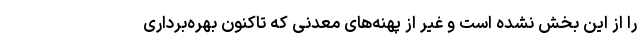
را از این بخش نشده است و غیر از پهنه‌های معدنی که تاکنون بهره‌برداری